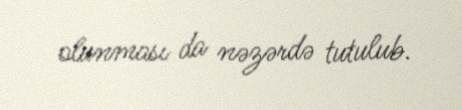
olunması da nəzərdə tutulub.